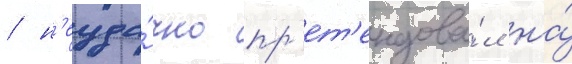
/ н'еуда́чно пр'ет'ендова́л на́